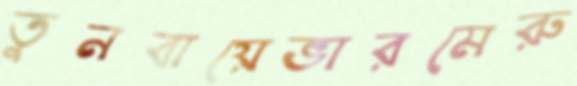
তুনবায়েভারমেরু